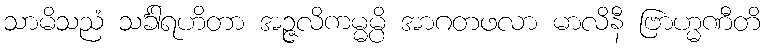
သာမိသညံ သင်္ခါရဟိတာ အဉ္ဇလိကမ္မမ္ပိ အာဂတဖလာ မာလိနီ ဗြာဟ္မဏီတိ